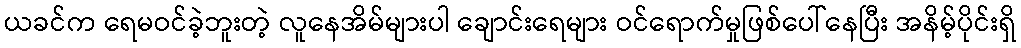
ယခင်က ရေမဝင်ခဲ့ဘူးတဲ့ လူနေအိမ်များပါ ချောင်းရေများ ဝင်ရောက်မှုဖြစ်ပေါ်နေပြီး အနိမ့်ပိုင်းရှိ